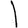
Digit: 1